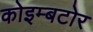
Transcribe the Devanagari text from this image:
कोइम्बटोर